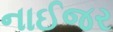
નાઈજર